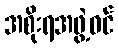
အစိုးရအဖွဲ့ဝင်